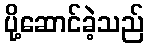
ပို့ဆောင်ခဲ့သည်